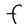
Character: F